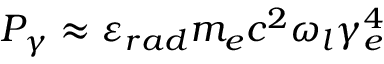
P _ { \gamma } \approx \varepsilon _ { r a d } m _ { e } c ^ { 2 } \omega _ { l } \gamma _ { e } ^ { 4 }